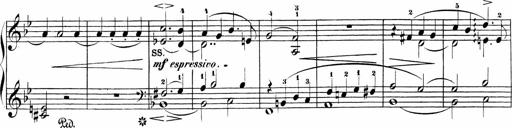
Title: Sonatinen Op.47, 98 und 136, nebst 6 Liedersonatinen
Composer: Carl Reinecke